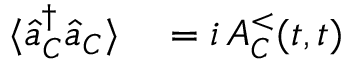
\begin{array} { r l } { \langle \hat { a } _ { C } ^ { \dagger } \hat { a } _ { C } \rangle } & { { } = i \, A _ { C } ^ { < } ( t , t ) } \end{array}